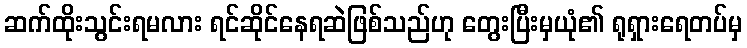
ဆက်ထိုးသွင်းရမလား ရင်ဆိုင်နေရဆဲဖြစ်သည်ဟု တွေးပြီးမှယုံ၏ ရုရှားရေတပ်မှ